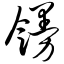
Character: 馒